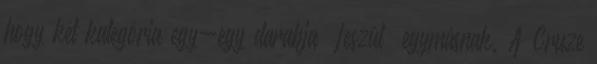
hogy két kategória egy-egy darabja „feszül” egymásnak. A Cruze